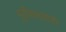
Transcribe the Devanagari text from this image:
मूर्तीकलाशास्त्र